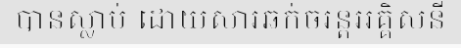
បានស្លាប់ ដោយសារឆក់ចរន្តអគ្គិសនី